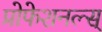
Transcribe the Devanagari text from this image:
प्रोफेशनल्स्